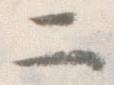
二